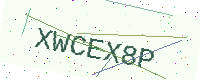
Text: XWCEX8P